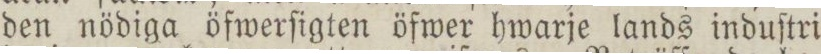
den nödiga öfwerſigten öfwer hwarje lands induſtri